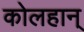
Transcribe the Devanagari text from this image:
कोलहान्